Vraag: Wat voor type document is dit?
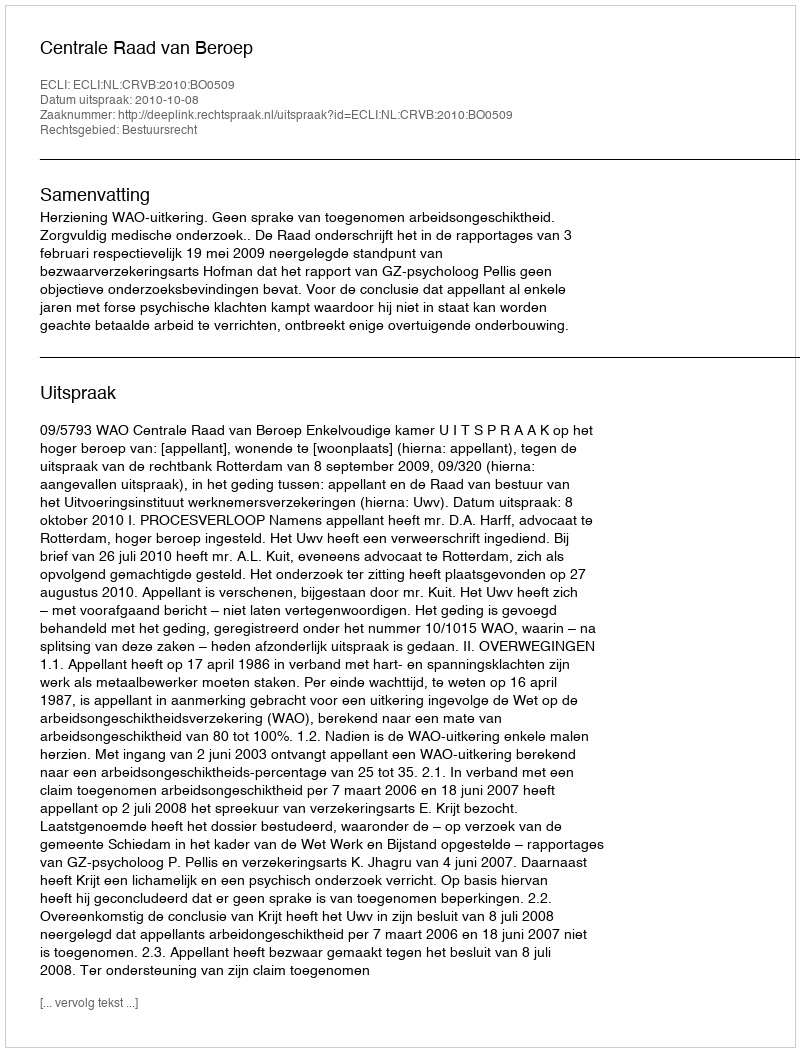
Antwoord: Uitspraak